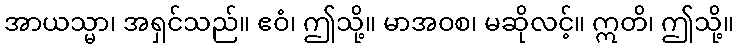
အာယသ္မာ၊ အရှင်သည်။ ဧဝံ၊ ဤသို့။ မာအဝစ၊ မဆိုလင့်။ ဣတိ၊ ဤသို့။